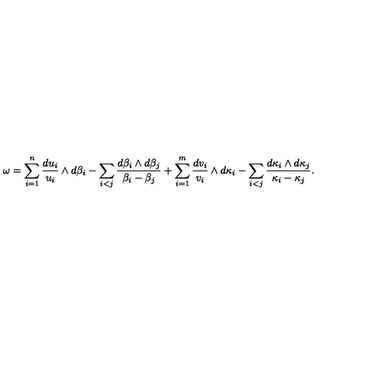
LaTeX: \omega = \sum _ { i = 1 } ^ { n } \frac { d u _ { i } } { u _ { i } } \wedge d \beta _ { i } - \sum _ { i < j } \frac { d \beta _ { i } \wedge d \beta _ { j } } { \beta _ { i } - \beta _ { j } } + \sum _ { i = 1 } ^ { m } \frac { d v _ { i } } { v _ { i } } \wedge d \kappa _ { i } - \sum _ { i < j } \frac { d \kappa _ { i } \wedge d \kappa _ { j } } { \kappa _ { i } - \kappa _ { j } } .